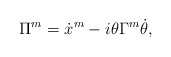
\begin{align*}\Pi^m=\dot x^m-i\theta\Gamma^m\dot\theta,\end{align*}